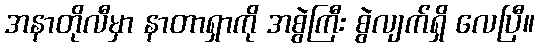
အနာတိုလီမှာ နာတာရှာကို အစွဲကြီး စွဲလျက်ရှိ လေပြီ။